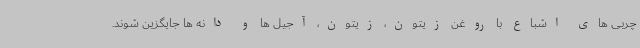
چربی های اشباع با روغن زیتون، زیتون، آجیل ها و دانه ها جایگزین شوند.